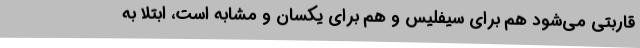
قاربتی می‌شود هم برای سیفلیس و هم برای یکسان و مشابه است، ابتلا به